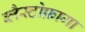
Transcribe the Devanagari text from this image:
ब्लैस्टोफ़ागा